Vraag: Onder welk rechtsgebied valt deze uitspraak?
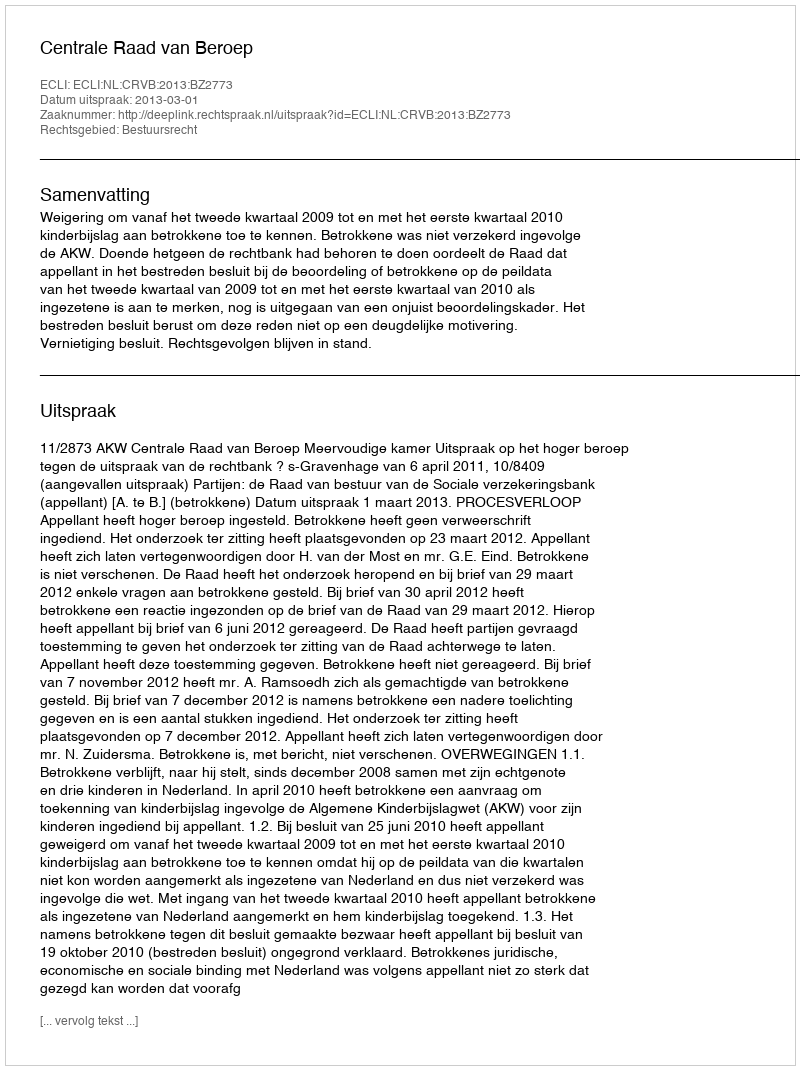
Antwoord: Bestuursrecht